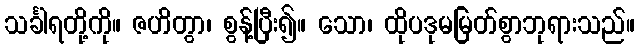
သင်္ခါရတို့ကို။ ဇဟိတွာ၊ စွန့်ပြီး၍။ သော၊ ထိုပဒုမမြတ်စွာဘုရားသည်။